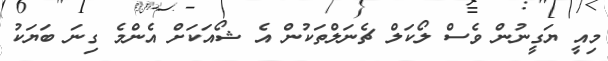
މިއީ ޔަގީނުން ވެސް ލޯކަލް ޗެނަލްތަކުން އެ ޝޯއަކަށް އެންމެ ގިނަ ބަޔަކު